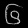
Digit: ၆